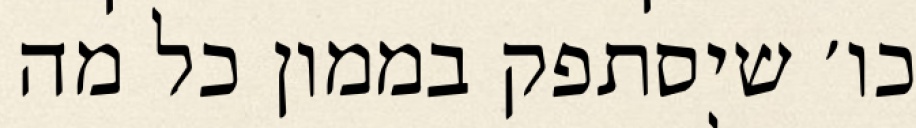
כו׳ שיסתפק בממון כל מה